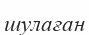
шулаған